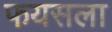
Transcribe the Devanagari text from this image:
फयसला